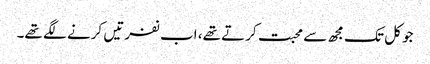
جو کل تک مجھ سے محبت کرتے تھے، اب نفرتیں کرنے لگے تھے۔